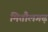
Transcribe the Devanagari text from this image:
मितौलगढ़